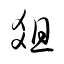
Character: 俎